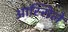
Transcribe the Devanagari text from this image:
आस्सिले